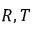
R , T